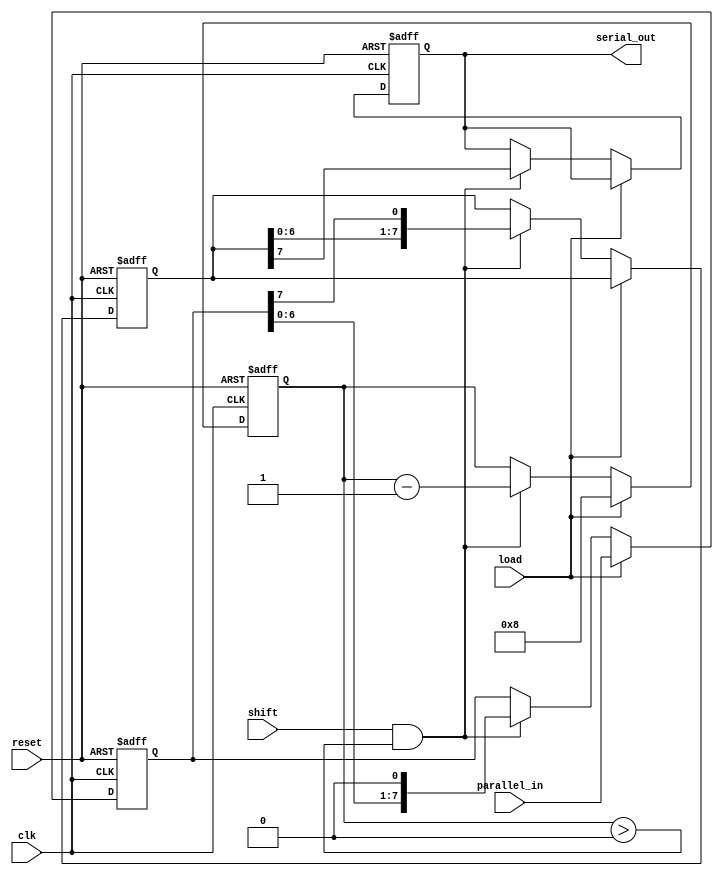
module TwoStagePISO #(
    parameter N = 8  // Width of the data
)(
    input wire [N-1:0] parallel_in, // Parallel input data
    input wire load,                 // Load control signal
    input wire shift,                // Shift control signal
    input wire clk,                  // Clock signal
    input wire reset,                // Asynchronous reset signal
    output reg serial_out            // Serial output
);

    // Internal registers for the two stages
    reg [N-1:0] input_stage;         // Input stage register
    reg [N-1:0] intermediate_stage;   // Intermediate stage register
    reg [3:0] bit_counter;            // Counter to track the number of bits shifted out

    // Asynchronous reset and loading of data
    always @(posedge clk or posedge reset) begin
        if (reset) begin
            input_stage <= 0;
            intermediate_stage <= 0;
            serial_out <= 0;
            bit_counter <= 0;
        end else if (load) begin
            input_stage <= parallel_in; // Load data into the input stage
            bit_counter <= N;            // Initialize bit counter for shifting
        end else if (shift && bit_counter > 0) begin
            // Shift data from input stage to intermediate stage
            intermediate_stage <= {intermediate_stage[N-2:0], input_stage[N-1]};
            serial_out <= intermediate_stage[N-1]; // Output the MSB of the intermediate stage
            input_stage <= {input_stage[N-2:0], 1'b0}; // Shift input stage left
            bit_counter <= bit_counter - 1; // Decrement the bit counter
        end
    end

endmodule